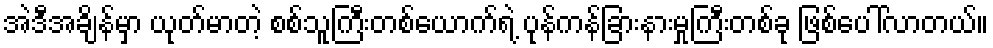
အဲဒီအချိန်မှာ ယုတ်မာတဲ့ စစ်သူကြီးတစ်ယောက်ရဲ့ ပုန်ကန်ခြားနားမှုကြီးတစ်ခု ဖြစ်ပေါ်လာတယ်။